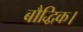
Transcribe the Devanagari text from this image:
बौद्धिक।